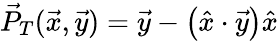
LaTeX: \vec{P}_{T}(\vec{x},\vec{y})=\vec{y}-\left(\hat{x}\cdot\vec{y}\right)\hat{x}